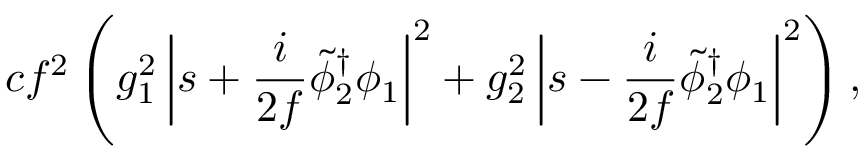
c f ^ { 2 } \left( g _ { 1 } ^ { 2 } \left| s + { \frac { i } { 2 f } } { \tilde { \phi } _ { 2 } } ^ { \dagger } \phi _ { 1 } \right| ^ { 2 } + g _ { 2 } ^ { 2 } \left| s - { \frac { i } { 2 f } } { \tilde { \phi } _ { 2 } } ^ { \dagger } \phi _ { 1 } \right| ^ { 2 } \right) ,